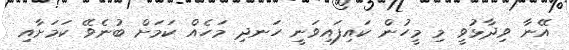
އޭނާ ވިދާޅުވީ މި މީހުން ކައިފައިވަނީ ހަނދި މަހެއް ކަމަށް ބުނެވޭ ކަމަށާއި